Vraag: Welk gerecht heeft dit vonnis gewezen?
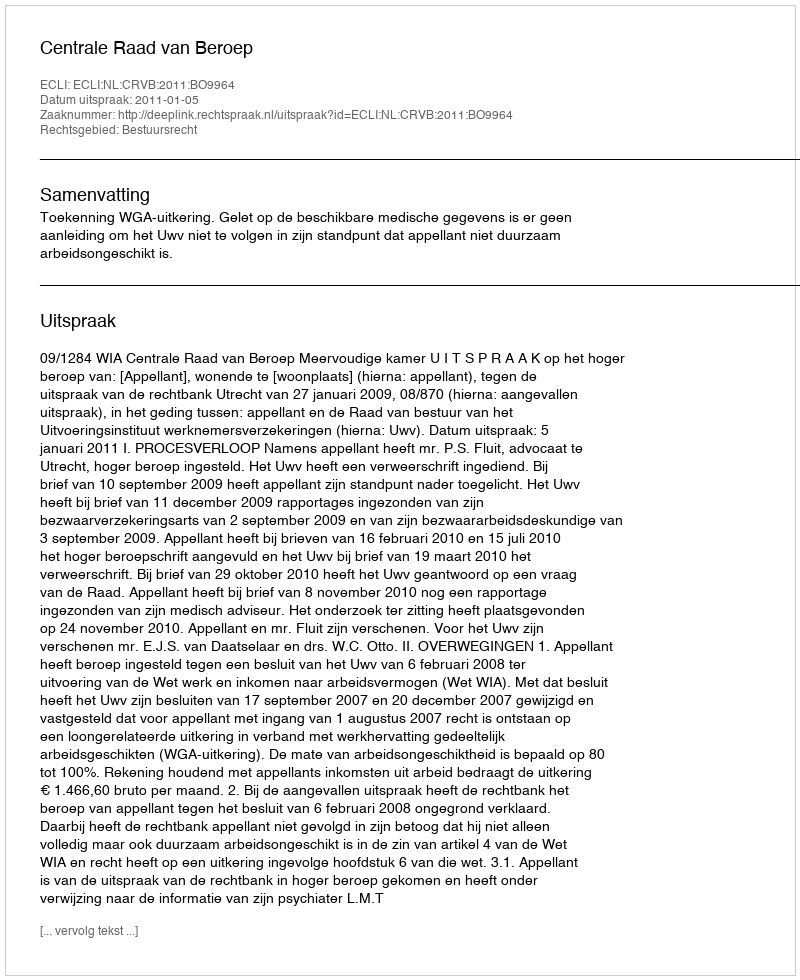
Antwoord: Centrale Raad van Beroep